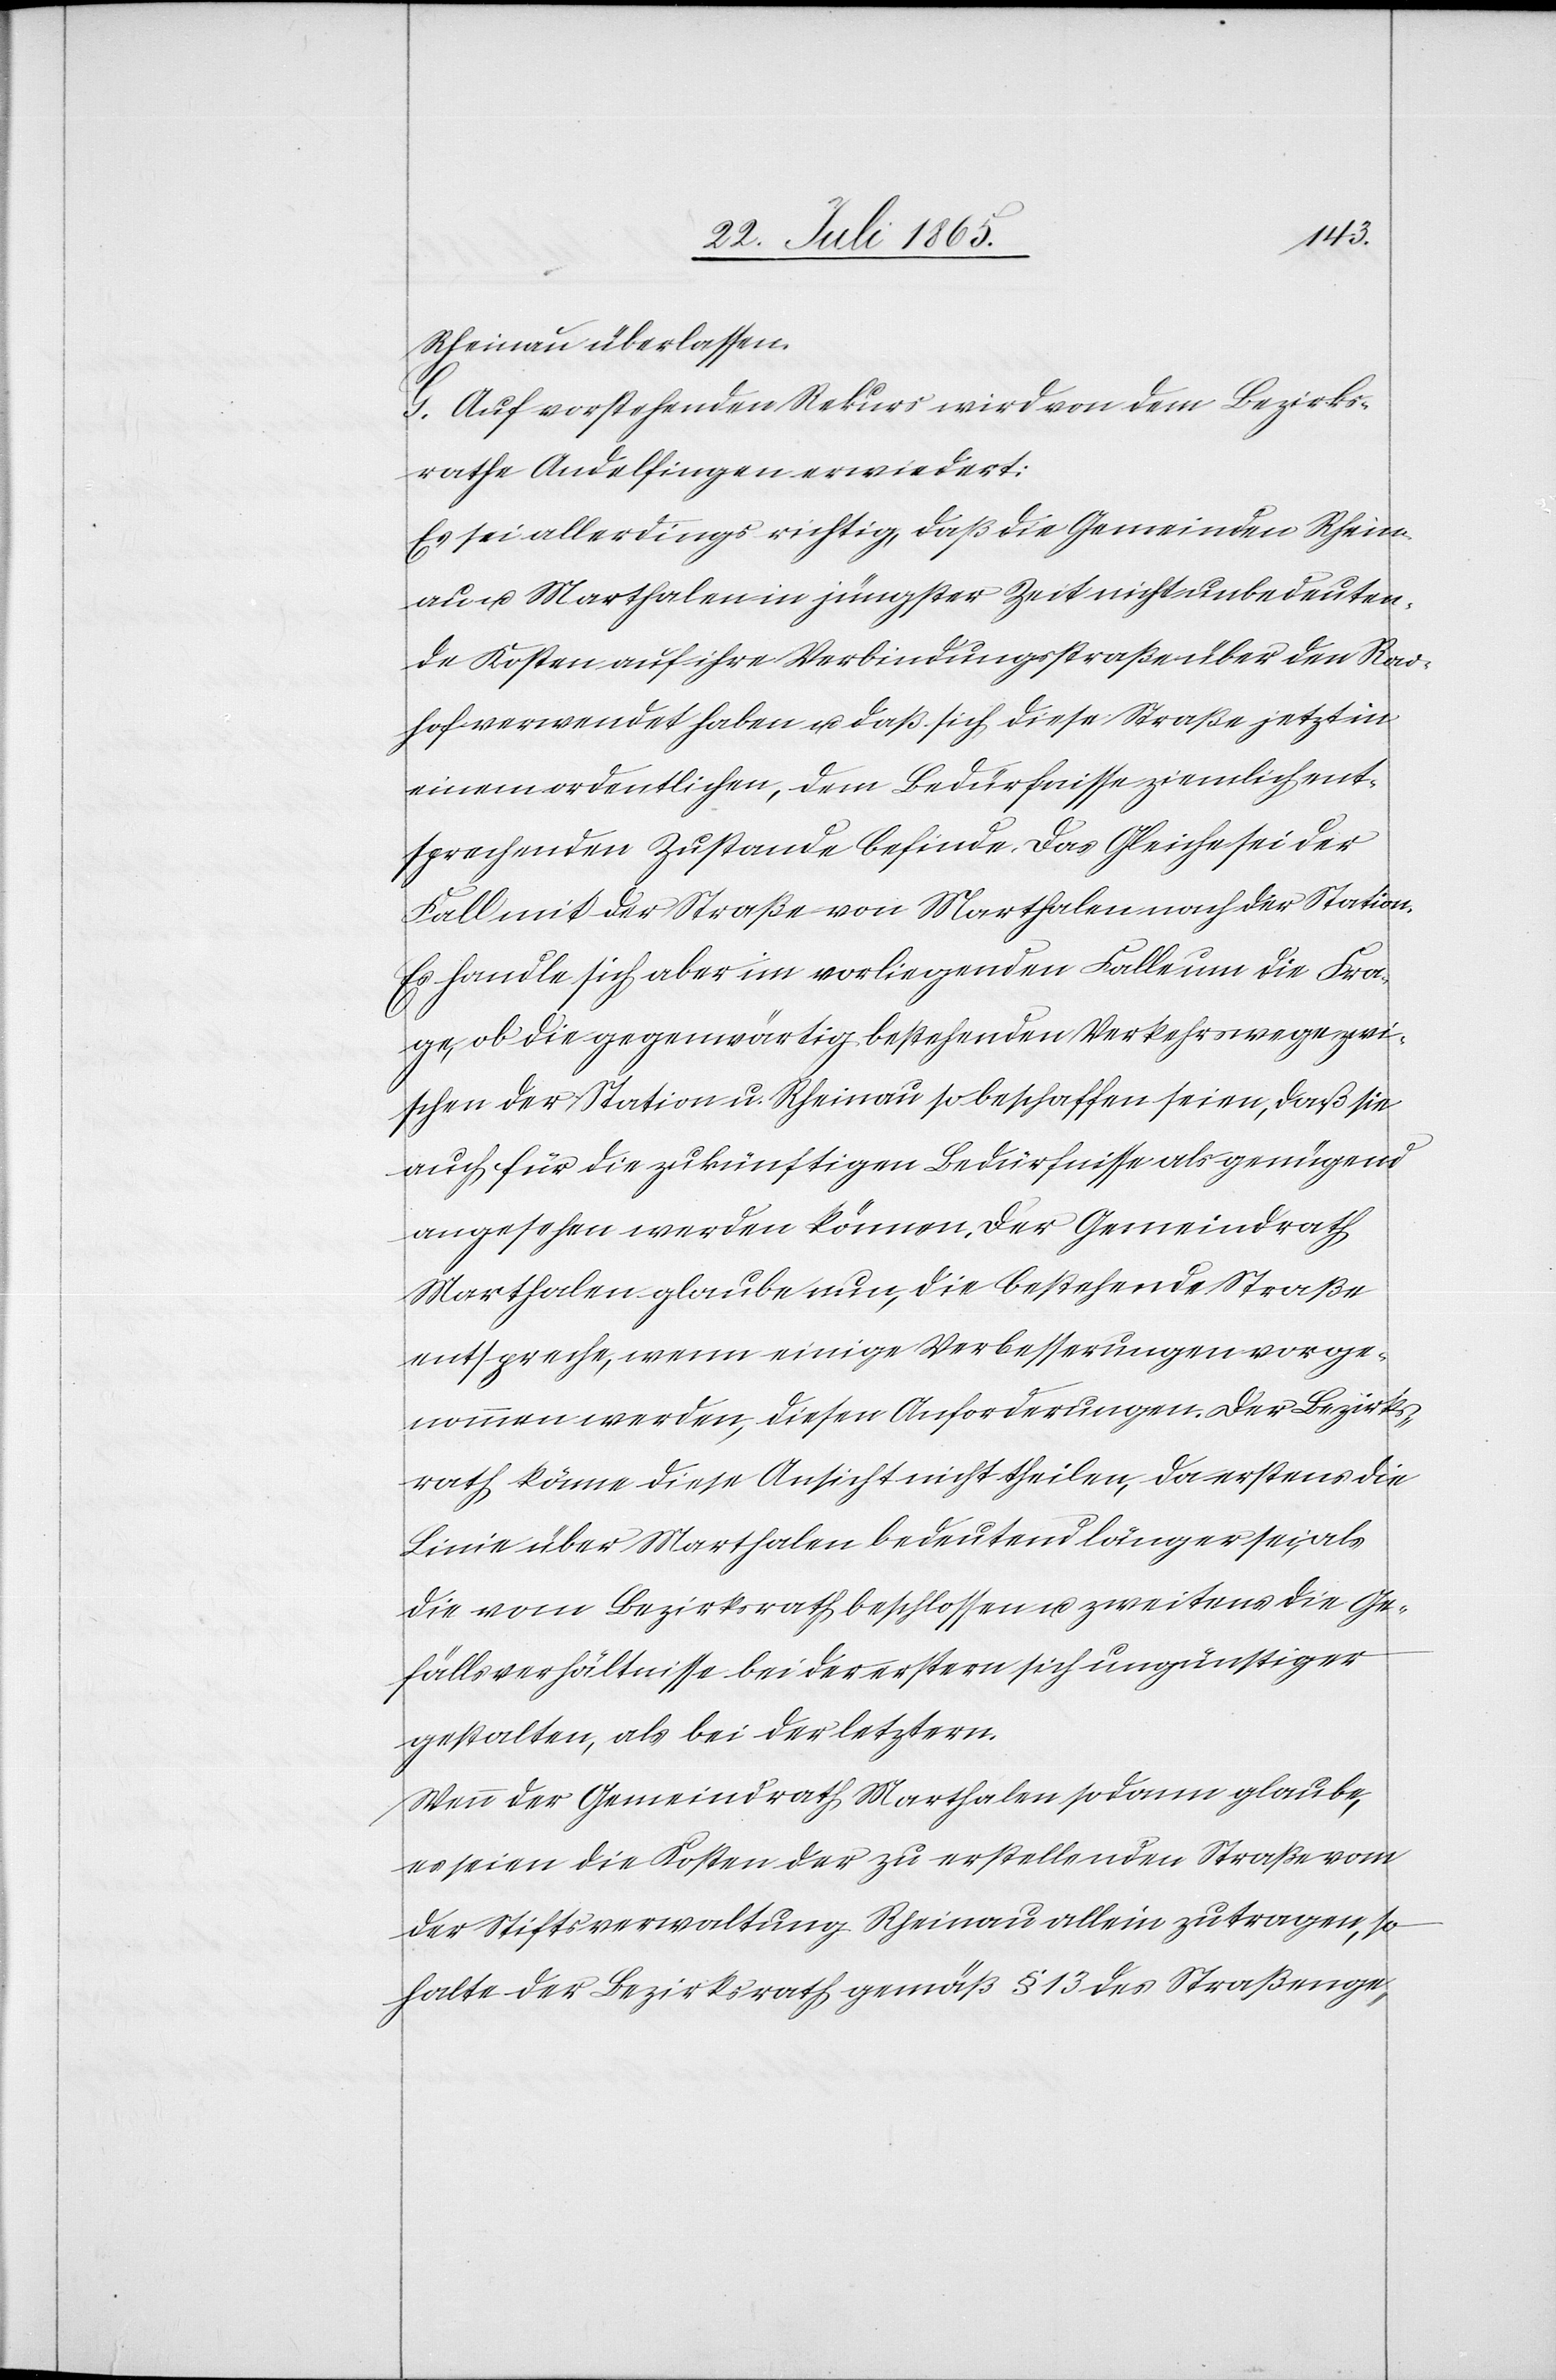
Rheinau überlassen.
G. Auf vorstehenden Rekurs wird von dem Bezirks¬
rathe Andelfingen erwiedert:
Es sei allerdings richtig, daß die Gemeinden Rhein¬
au u. Marthalen in jüngster Zeit nicht unbedeuten¬
de Kosten auf ihre Verbindungsstraße über den Rad¬
hof verwendet haben u. daß sich diese Straße jetzt in
einem ordentlichen, dem Bedürfnisse ziemlich ent¬
sprechenden Zustande befinde. Das Gleiche sei der
Fall mit der Straße von Marthalen nach der Station.
Es handle sich aber im vorliegenden Falle um die Fra¬
ge, ob die gegenwärtig bestehenden Verkehrswege zwi¬
schen der Station u. Rheinau so beschaffen seien, daß sie
auch für die zukünftigen Bedürfnisse als genügend
angesehen werden können. Der Gemeindrath
Marthalen glaube nun, die bestehende Straße
entspreche, wenn einige Verbesserungen vorge¬
nommen werden, diesen Anforderungen. Der Bezirks¬
rath könne diese Ansicht nicht theilen, da erstens die
Linie über Marthalen bedeutend länger sei, als
die vom Bezirksrath beschlossen u. zweitens die Ge¬
fällsverhältnisse bei der erstern sich ungünstiger
gestalten, als bei der letztern.
Wenn der Gemeindrath Marthalen sodann glaube,
es seien die Kosten der zu erstellende Straße vom
der Stiftsverwaltung Rheinau allein zu tragen, so
halte der Bezirksrath gemäß § 13 des Straßenge-